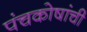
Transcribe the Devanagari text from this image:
पंचकोषांची